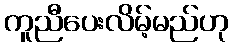
ကူညီပေးလိမ့်မည်ဟု